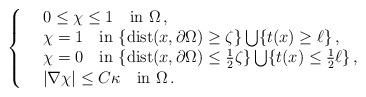
LaTeX: \begin{align*}\left\{\begin{array}{ll}&0\leq \chi\leq 1\quad{\rm in~}\Omega\,,\\&\chi=1\quad{\rm in~}\{{\rm dist}(x,\partial\Omega)\geq \zeta\}\bigcup\{t(x)\geq \ell\}\,,\\&\chi=0\quad{\rm in~}\{{\rm dist}(x,\partial\Omega)\leq \frac12\zeta\}\bigcup\{t(x)\leq \frac12\ell\}\,,\\&|\nabla\chi|\leq C {\kappa} \quad{\rm in~}\Omega\,.\end{array}\right.\end{align*}